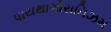
પાયથાગોરાનિઝમ